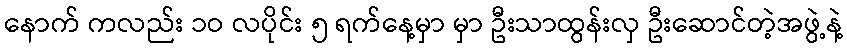
နောက် ကလည်း ၁ဝ လပိုင်း ၅ ရက်နေ့မှာ မှာ ဦးသာထွန်းလှ ဦးဆောင်တဲ့အဖွဲ့နဲ့